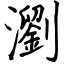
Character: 瀏